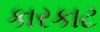
કારકાટ